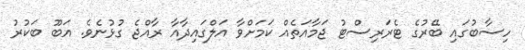
ހިސާބުގައި ބޭރުގެ ޓެރަރިސްޓު ޖަމާއަތެއް ކަމަށްވާ އަލްގައިދާއާ ރާއްޖެ ގުޅުނެވެ. އަބޫ ބަކުރު